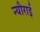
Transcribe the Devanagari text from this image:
न्यौराई